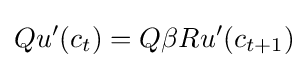
Qu'(c_{t})=Q\beta Ru'(c_{t+1})